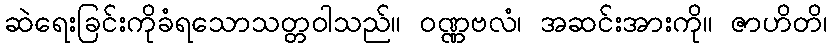
ဆဲရေးခြင်းကိုခံရသောသတ္တဝါသည်။ ဝဏ္ဏဗလံ၊ အဆင်းအားကို။ ဇာဟိတိ၊